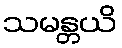
သမန္တယိ